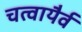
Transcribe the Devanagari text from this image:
चत्वायैर्व